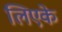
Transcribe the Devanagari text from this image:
लिएके